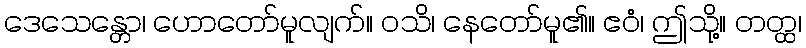
ဒေသေန္တော၊ ဟောတော်မူလျက်။ ဝသိ၊ နေတော်မူ၏။ ဧဝံ၊ ဤသို့။ တတ္ထ၊